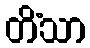
တိံသာ